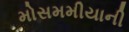
મોસમમીયાની